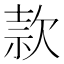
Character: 款